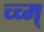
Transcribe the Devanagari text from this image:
च्च्म्